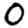
Digit: 0